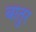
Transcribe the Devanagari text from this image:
बातुर